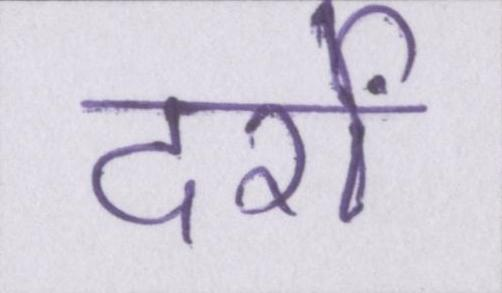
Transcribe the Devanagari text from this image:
दर्रों